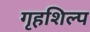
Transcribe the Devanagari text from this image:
गृहशिल्प